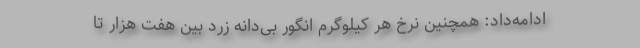
ادامه‌داد: همچنین نرخ هر کیلوگرم انگور بی‌دانه زرد بین هفت هزار تا